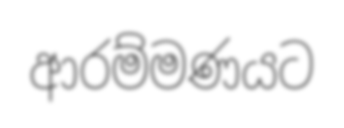
ආරම්මණයට